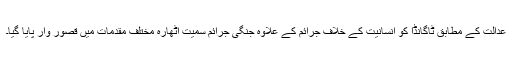
عدالت کے مطابق ٹاگانڈا کو انسانیت کے خلاف جرائم کے علاوہ جنگی جرائم سمیت اٹھارہ مختلف مقدمات میں قصور وار پایا گیا۔